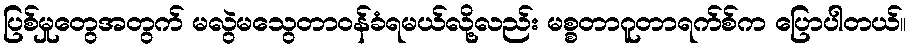
ပြစ်မှုတွေအတွက် မလွဲမသွေတာဝန်ခံရမယ်လို့လည်း မစ္စတာဂူတာရက်စ်က ပြောပါတယ်။